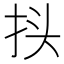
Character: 𰓕